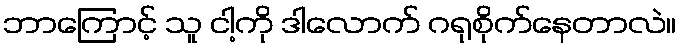
ဘာကြောင့် သူ ငါ့ကို ဒါလောက် ဂရုစိုက်နေတာလဲ။